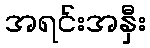
အရင်းအနှီး